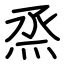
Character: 烝